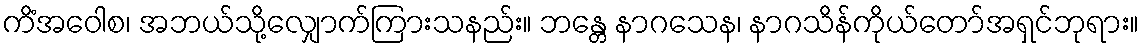
ကိံအဝေါစ၊ အဘယ်သို့လျှောက်ကြားသနည်း။ ဘန္တေ နာဂသေန၊ နာဂသိန်ကိုယ်တော်အရှင်ဘုရား။